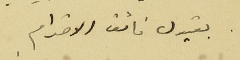
يقبول فائق الاحترام